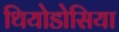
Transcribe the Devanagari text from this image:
थियोडोसिया